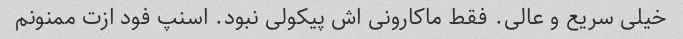
خیلی سریع و عالی. فقط ماکارونی اش پیکولی نبود. اسنپ فود ازت ممنونم